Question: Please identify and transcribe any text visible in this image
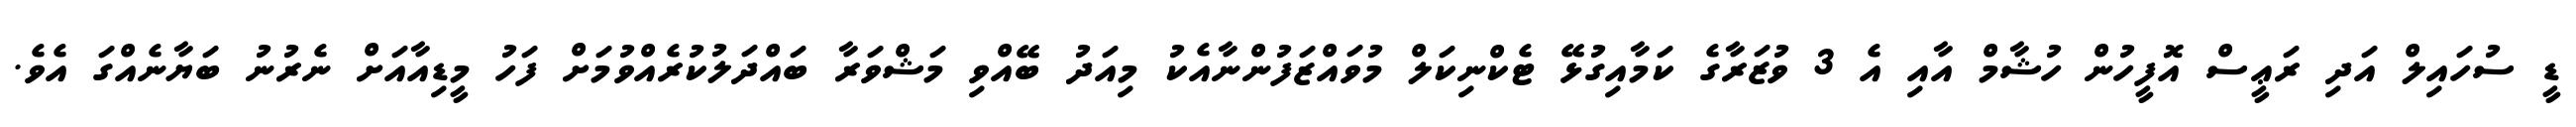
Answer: ޑީ ސުހައިލް އަދި ރަޢީސް އޮފީހުން ހުޝާމް އާއި އެ 3 ވުޒަރާގެ ކަމާއިގުޅޭ ޓެކްނިކަލް މުވައްޒަފުންނާއެކު މިއަދު ބޭއްވި މަޝްވަރާ ބައްދަލުކުރެއްވުމަށް ފަހު މީޑިއާއަށް ނެރުނު ބަޔާނެއްގަ އެވެ.